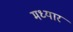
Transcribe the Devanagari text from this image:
मध्यार